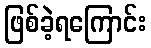
ဖြစ်ခဲ့ရကြောင်း